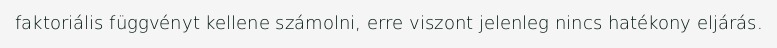
faktoriális függvényt kellene számolni, erre viszont jelenleg nincs hatékony eljárás.